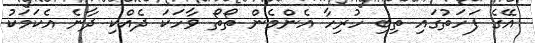
އޭގެ ފަހަތުގައި ތިބި ހުރިހާ އެންމެން ތޯތޯ ވާހަކަ ދެއްކި ދާނެ އެކަމަކު